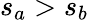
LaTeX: s_{a}>s_{b}